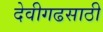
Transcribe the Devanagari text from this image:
देवीगढसाठी